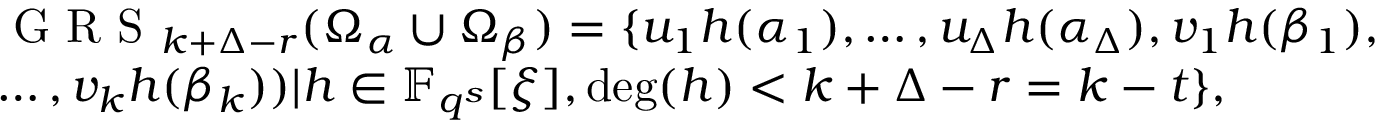
\begin{array} { r l } & { \textrm { G R S } _ { k + \Delta - r } ( \Omega _ { \alpha } \cup \Omega _ { \beta } ) = \{ u _ { 1 } h ( \alpha _ { 1 } ) , \ldots , u _ { \Delta } h ( \alpha _ { \Delta } ) , v _ { 1 } h ( \beta _ { 1 } ) , } \\ & { \ldots , v _ { k } h ( \beta _ { k } ) ) | h \in \mathbb { F } _ { q ^ { s } } [ \xi ] , \deg ( h ) < k + \Delta - r = k - t \} , } \end{array}